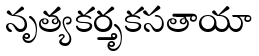
నృత్యకర్తృకసతాయా